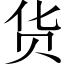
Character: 货